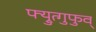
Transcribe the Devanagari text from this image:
फ्य्रुत्गुफुव्